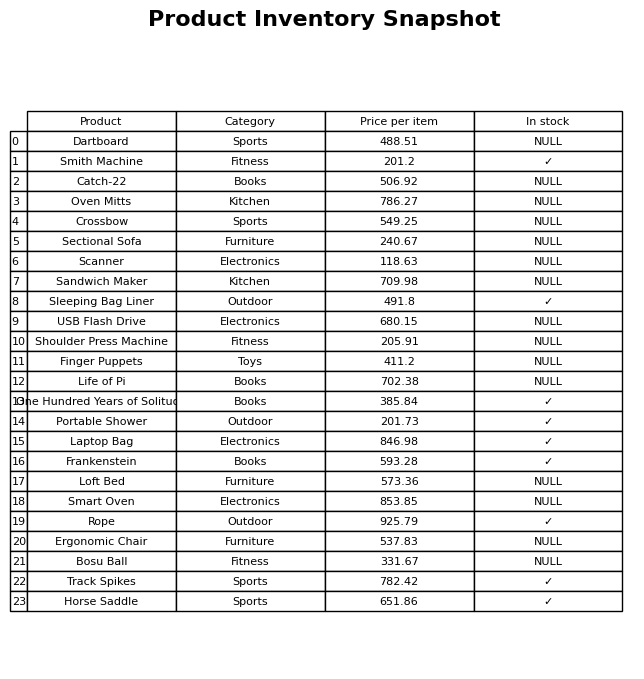
question: What is the price for Finger Puppets?
answer: The price of Finger Puppets is 411.2.